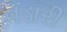
વડારી